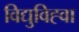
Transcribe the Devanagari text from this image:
विद्युविह्वा